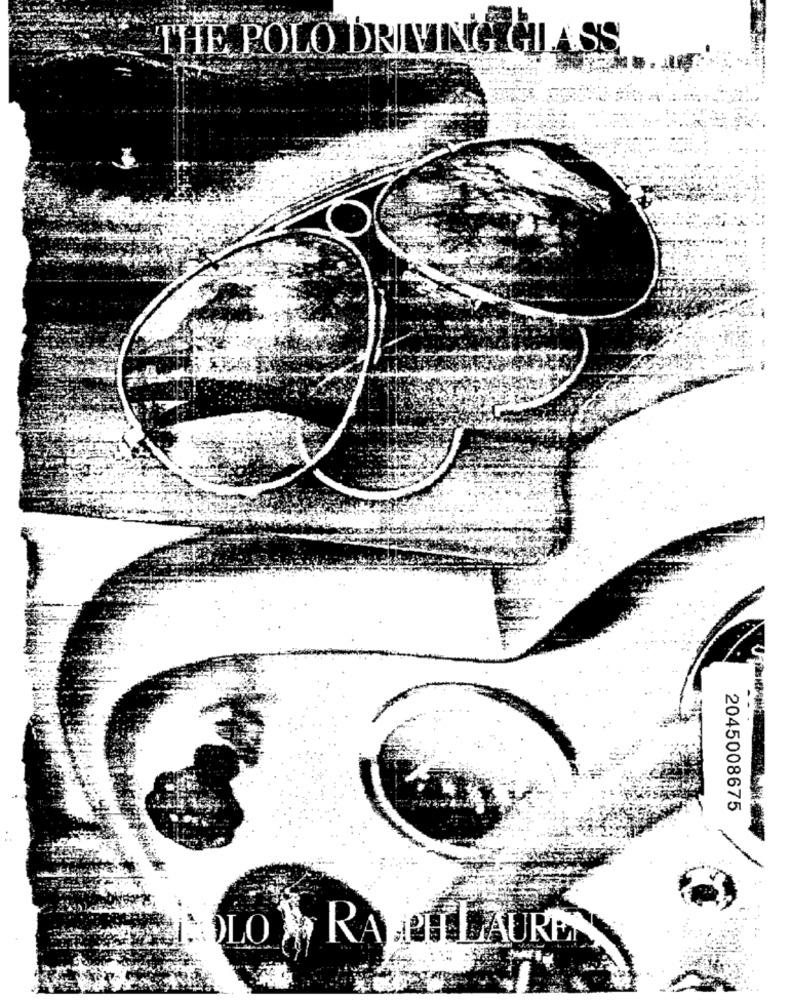
THE POLO DRIVING GLASS
2045008675
RAFEL LAURE